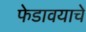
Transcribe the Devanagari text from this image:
फेडावयाचे